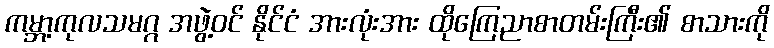
ကမ္ဘာ့ကုလသမဂ္ဂ အဖွဲ့ဝင် နိုင်ငံ အားလုံးအား ထိုကြေညာစာတမ်းကြီး၏ စာသားကို